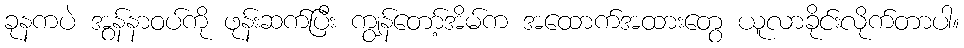
ခုနကပဲ အွန်နာဝပ်ကို ဖုန်းဆက်ပြီး ကျွန်တော့်အိမ်က အထောက်အထားတွေ ယူလာခိုင်းလိုက်တာပါ။